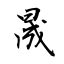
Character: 晟